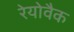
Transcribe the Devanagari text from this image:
रेयोवैक